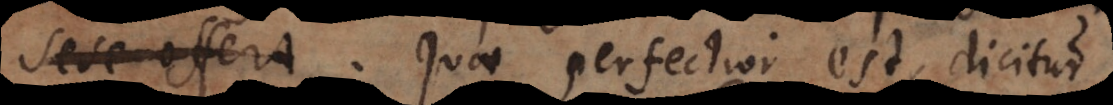
fert. apparet. Quae perfectior est dicitur